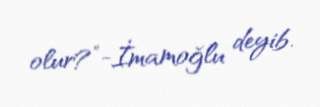
olur?”-İmamoğlu deyib.